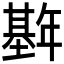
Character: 𫮱